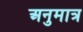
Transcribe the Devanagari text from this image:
अनुमात्र